Document type: Dowry acquittance
Year: 1240
Scribe: Pere de Bages
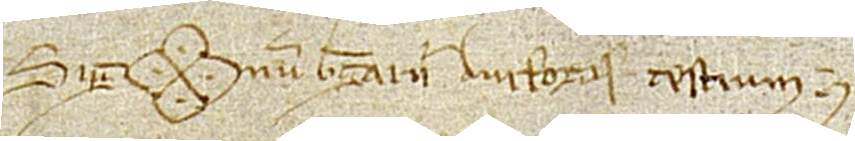
Sig(signe)num Berengarii Durfortis, testium,